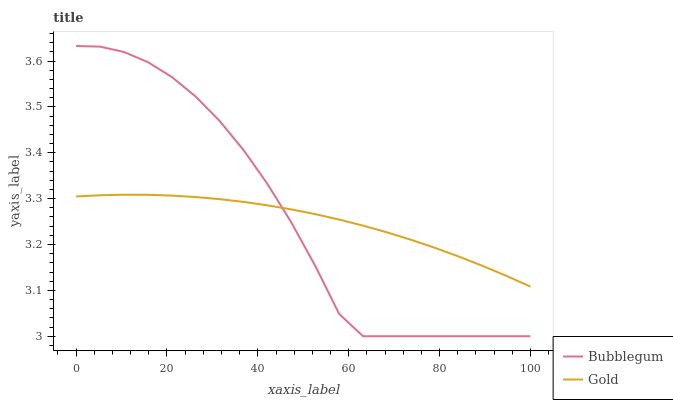
| xaxis_label | Bubblegum | Gold |
 | --- | --- | --- |
 | 0 | 3.63 | 3.3 |
 | 5.26 | 3.63 | 3.31 |
 | 10.5 | 3.62 | 3.31 |
 | 15.8 | 3.6 | 3.31 |
 | 21.1 | 3.57 | 3.31 |
 | 26.3 | 3.52 | 3.3 |
 | 31.6 | 3.47 | 3.3 |
 | 36.8 | 3.41 | 3.29 |
 | 42.1 | 3.33 | 3.29 |
 | 47.4 | 3.25 | 3.28 |
 | 52.6 | 3.15 | 3.27 |
 | 57.9 | 3.05 | 3.25 |
 | 63.2 | 3 | 3.24 |
 | 68.4 | 3 | 3.23 |
 | 73.7 | 3 | 3.21 |
 | 78.9 | 3 | 3.19 |
 | 84.2 | 3 | 3.17 |
 | 89.5 | 3 | 3.15 |
 | 94.7 | 3 | 3.13 |
 | 100 | 3 | 3.11 |